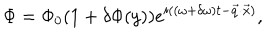
\Phi = \Phi _ { 0 } ( 1 + \delta \Phi ( y ) ) e ^ { i \left( ( \omega + \delta \omega ) t - \vec { q } \cdot \vec { x } \right) } ,